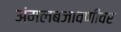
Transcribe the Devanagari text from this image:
अंमलबजावणीवर